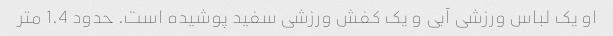
او یک لباس ورزشی آبی و یک کفش ورزشی سفید پوشیده است. حدود 1.4 متر